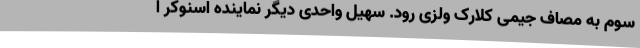
سوم به مصاف جیمی کلارک ولزی رود. سهیل واحدی دیگر نماینده اسنوکر ا